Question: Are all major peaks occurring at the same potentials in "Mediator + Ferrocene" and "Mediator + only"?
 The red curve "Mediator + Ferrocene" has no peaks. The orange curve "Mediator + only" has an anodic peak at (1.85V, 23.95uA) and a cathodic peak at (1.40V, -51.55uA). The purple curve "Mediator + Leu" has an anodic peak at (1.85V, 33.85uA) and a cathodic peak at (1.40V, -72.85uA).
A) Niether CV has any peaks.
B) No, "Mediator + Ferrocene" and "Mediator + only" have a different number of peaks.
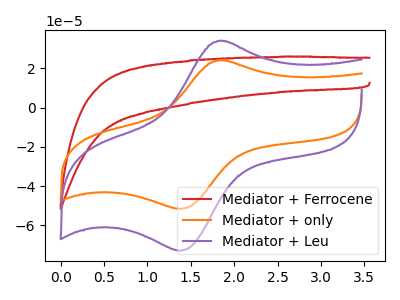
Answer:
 <answer>B) No, "Mediator + Ferrocene" and "Mediator + only" have a different number of peaks.</answer>
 <eval>B</eval>